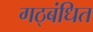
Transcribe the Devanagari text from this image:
गठ्बंधित